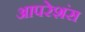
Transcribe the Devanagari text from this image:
आपरेशंस